Problem: 9 × 2 = ?
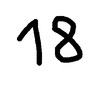
Handwritten answer: 18